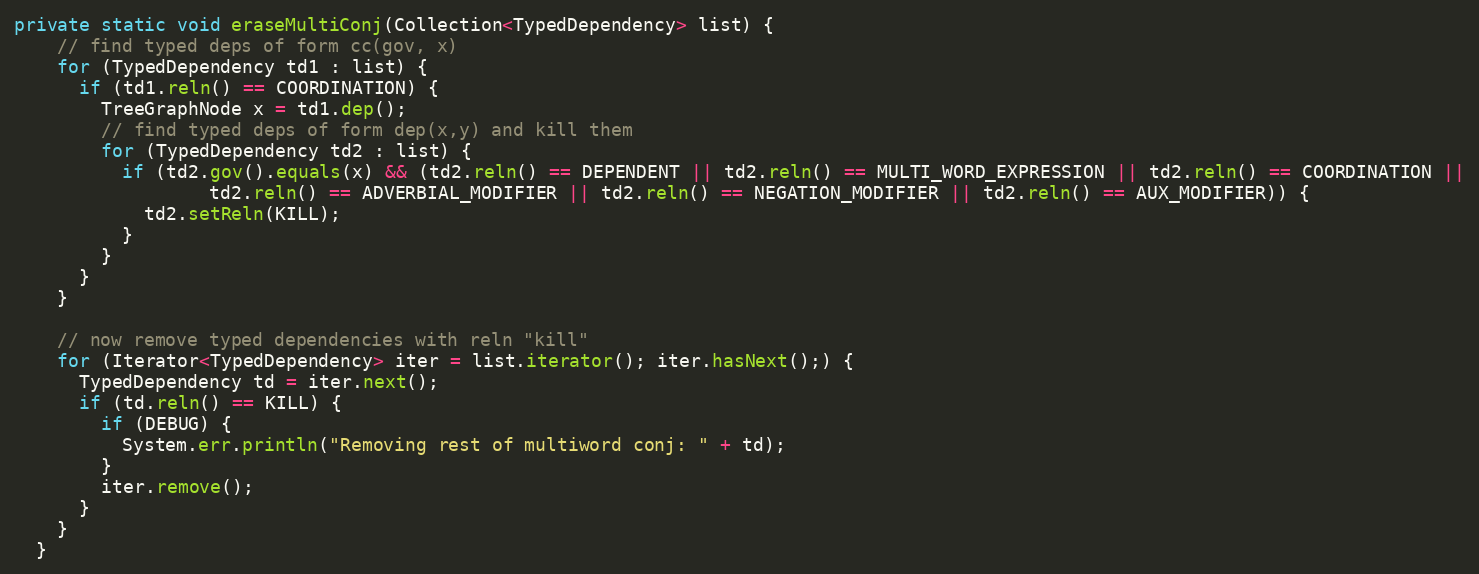
Language: Java
private static void eraseMultiConj(Collection<TypedDependency> list) {
    // find typed deps of form cc(gov, x)
    for (TypedDependency td1 : list) {
      if (td1.reln() == COORDINATION) {
        TreeGraphNode x = td1.dep();
        // find typed deps of form dep(x,y) and kill them
        for (TypedDependency td2 : list) {
          if (td2.gov().equals(x) && (td2.reln() == DEPENDENT || td2.reln() == MULTI_WORD_EXPRESSION || td2.reln() == COORDINATION ||
                  td2.reln() == ADVERBIAL_MODIFIER || td2.reln() == NEGATION_MODIFIER || td2.reln() == AUX_MODIFIER)) {
            td2.setReln(KILL);
          }
        }
      }
    }

    // now remove typed dependencies with reln "kill"
    for (Iterator<TypedDependency> iter = list.iterator(); iter.hasNext();) {
      TypedDependency td = iter.next();
      if (td.reln() == KILL) {
        if (DEBUG) {
          System.err.println("Removing rest of multiword conj: " + td);
        }
        iter.remove();
      }
    }
  }